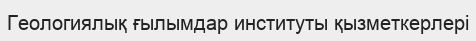
Геологиялық ғылымдар институты қызметкерлері